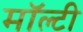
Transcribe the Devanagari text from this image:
मॉल्टी